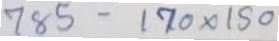
785 - 170 x 150